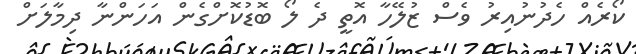
ކޯރެއް ހެދުނުއިރު ވެސް ޒުލޭހާ އޮތީ ދެ ލޯ ބޮޑުކޮށްގެން އަހަންނާ ދިމާލަށް